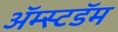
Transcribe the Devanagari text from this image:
अॅम्स्टडॅम